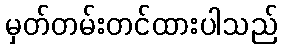
မှတ်တမ်းတင်ထားပါသည်